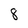
Character: 8